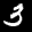
Label: 3